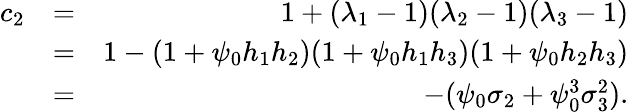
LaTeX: \begin{array}{rlr}{c_{2}}&{=}&{1+(\lambda_{1}-1)(\lambda_{2}-1)(\lambda_{3}-1)}\\ &{=}&{1-(1+\psi_{0}h_{1}h_{2})(1+\psi_{0}h_{1}h_{3})(1+\psi_{0}h_{2}h_{3})}\\ &{=}&{-(\psi_{0}\sigma_{2}+\psi_{0}^{3}\sigma_{3}^{2}).}\end{array}